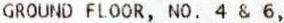
GROUND FLOOR, NO. 4 & 6,